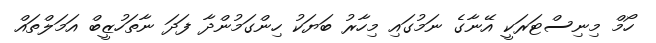
ހޯމް މިނިސްޓަރަކީ އޭނާގެ ނަމުގައި މިހާރު ބަޔަކު ހިންގަމުންދާ ފަދަ ނާތަހުޒީބް އަމަލްތައް